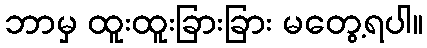
ဘာမှ ထူးထူးခြားခြား မတွေ့ရပါ။